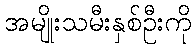
အမျိုးသမီးနှစ်ဦးကို